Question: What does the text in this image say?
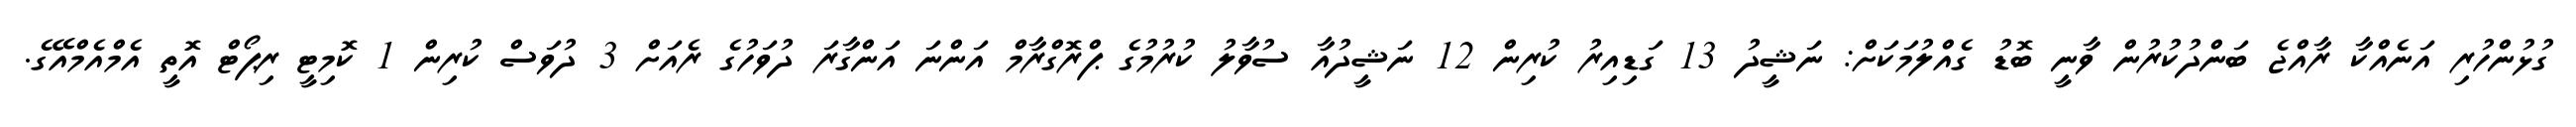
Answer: ގުޅުންހުރި އަނެއްކާ ރާއްޖެ ބަންދުކުރުން ވާނީ ބޮޑު ގެއްލުމަކަށް: ނަޝީދު 13 ގަޑިއިރު ކުރިން 12 ނަޝީދުއާ ސުވާލު ކުރުމުގެ ޕްރޮގްރާމް އަންނަ އަންގާރަ ދުވަހުގެ ރެއަށް 3 ދުވަސް ކުރިން 1 ކޮމިޓީ ރިޕޯޓް އޮތީ އެމްއެމްއޭގެ.